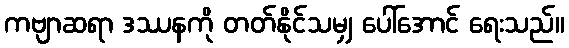
ကဗျာဆရာ ဒဿနကို တတ်နိုင်သမျှ ပေါ်အောင် ရေးသည်။